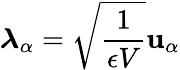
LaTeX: \boldsymbol{\lambda}_{\alpha}=\sqrt{\frac{1}{\epsilon V}}\mathbf{u}_{\alpha}